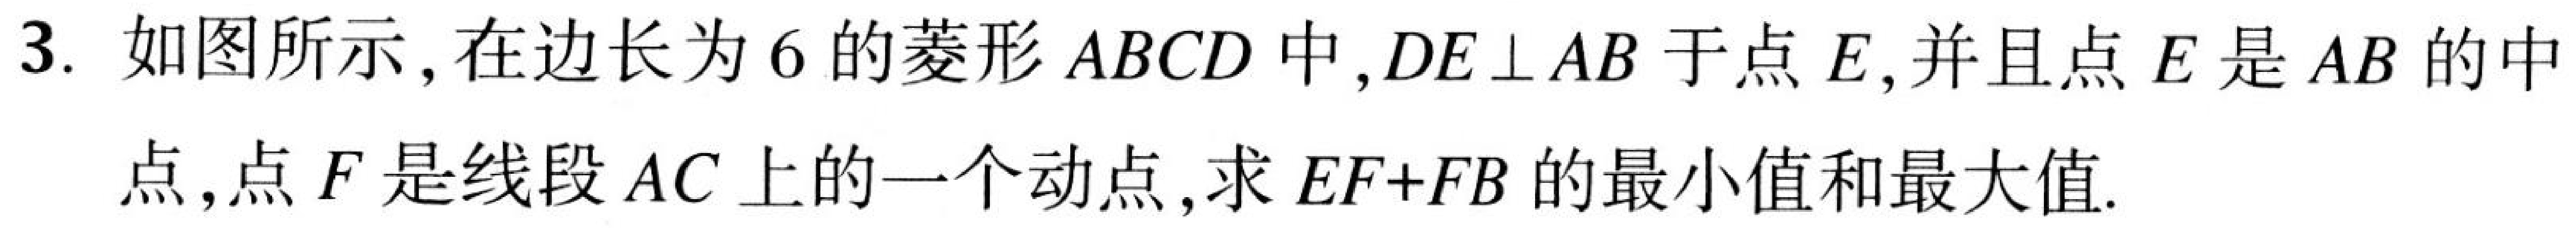
3. 如图所示，在边长为 \(6\) 的菱形 \(ABCD\) 中，\(DE\perp AB\) 于点 \(E\)，并且点 \(E\) 是 \(AB\) 的中
点，点 \(F\) 是线段 \(AC\) 上的一个动点，求 \(EF + FB\) 的最小值和最大值.